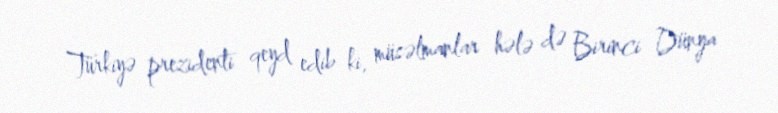
Türkiyə prezidenti qeyd edib ki, müsəlmanlar hələ də Birinci Dünya